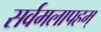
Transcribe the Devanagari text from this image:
सर्वमलापहम्